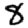
Digit: 8